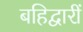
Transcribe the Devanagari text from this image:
बहिद्वारीं